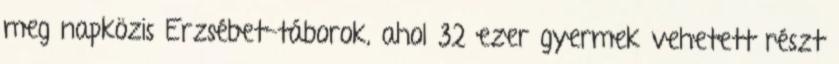
meg napközis Erzsébet-táborok, ahol 32 ezer gyermek vehetett részt